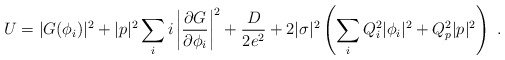
\begin{align*}U=|G(\phi_i)|^2+|p|^2\sum_ii\left|\frac{\partial G}{\partial \phi_i}\right|^2+\frac{D}{2e^2}+2|\sigma|^2\left(\sum_iQ_i^2|\phi_i|^2+Q_p^2|p|^2\right)\ .\end{align*}